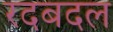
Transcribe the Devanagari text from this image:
रदबदल